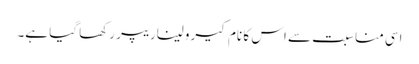
اسی مناسبت سے اس کا نام کیرولیناریپر رکھا گیا ہے۔